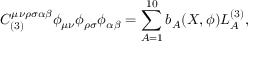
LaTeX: C _ { ( 3 ) } ^ { \mu \nu \rho \sigma \alpha \beta } \phi _ { \mu \nu } \phi _ { \rho \sigma } \phi _ { \alpha \beta } = \sum _ { A = 1 } ^ { 1 0 } b _ { A } ( X , \phi ) L _ { A } ^ { ( 3 ) } ,